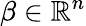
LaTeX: \mathbf{\beta}\in\mathbb{R}^{n}